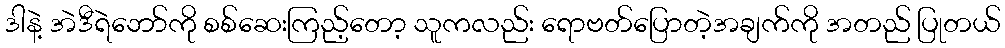
ဒါနဲ့ အဲဒီရဲဘော်ကို စစ်ဆေးကြည့်တော့ သူကလည်း ရောဗတ်ပြောတဲ့အချက်ကို အတည် ပြုတယ်